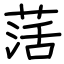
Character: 萿